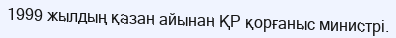
1999 жылдың қазан айынан ҚР қорғаныс министрі.